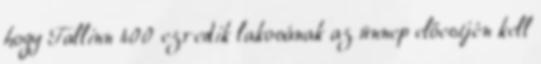
hogy Tallinn 400 ezredik lakosának az ünnep előestjén kell